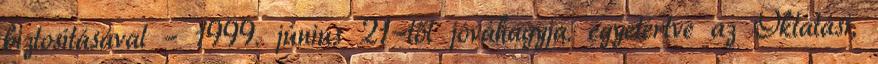
biztosításával – 1999. június 21-től jóváhagyja. egyetértve az Oktatási,